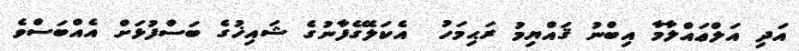
އަދި އަލްޢައްލާމާ އިބްނު ޤައްޔިމު ރަޙިމަހު  އެކަލޭގެފާނުގެ ޝައިޚުގެ ބަސްފުޅަށް އެއްބަސްވެ